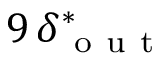
9 \, \delta _ { \mathrm { ~ o ~ u ~ t ~ } } ^ { * }